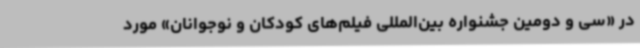
در «سی و دومین جشنواره بین‌المللی فیلم‌های کودکان و نوجوانان» مورد